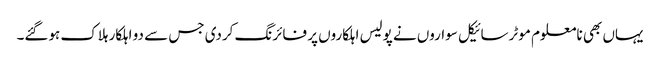
یہاں بھی نامعلوم موٹرسائیکل سواروں نے پولیس اہلکاروں پر فائرنگ کردی جس سے دو اہلکار ہلاک ہوگئے۔